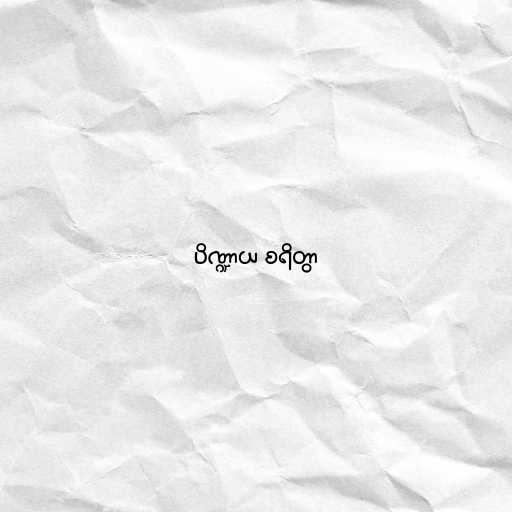
ပိဏ္ဍာယ စရိတွာ